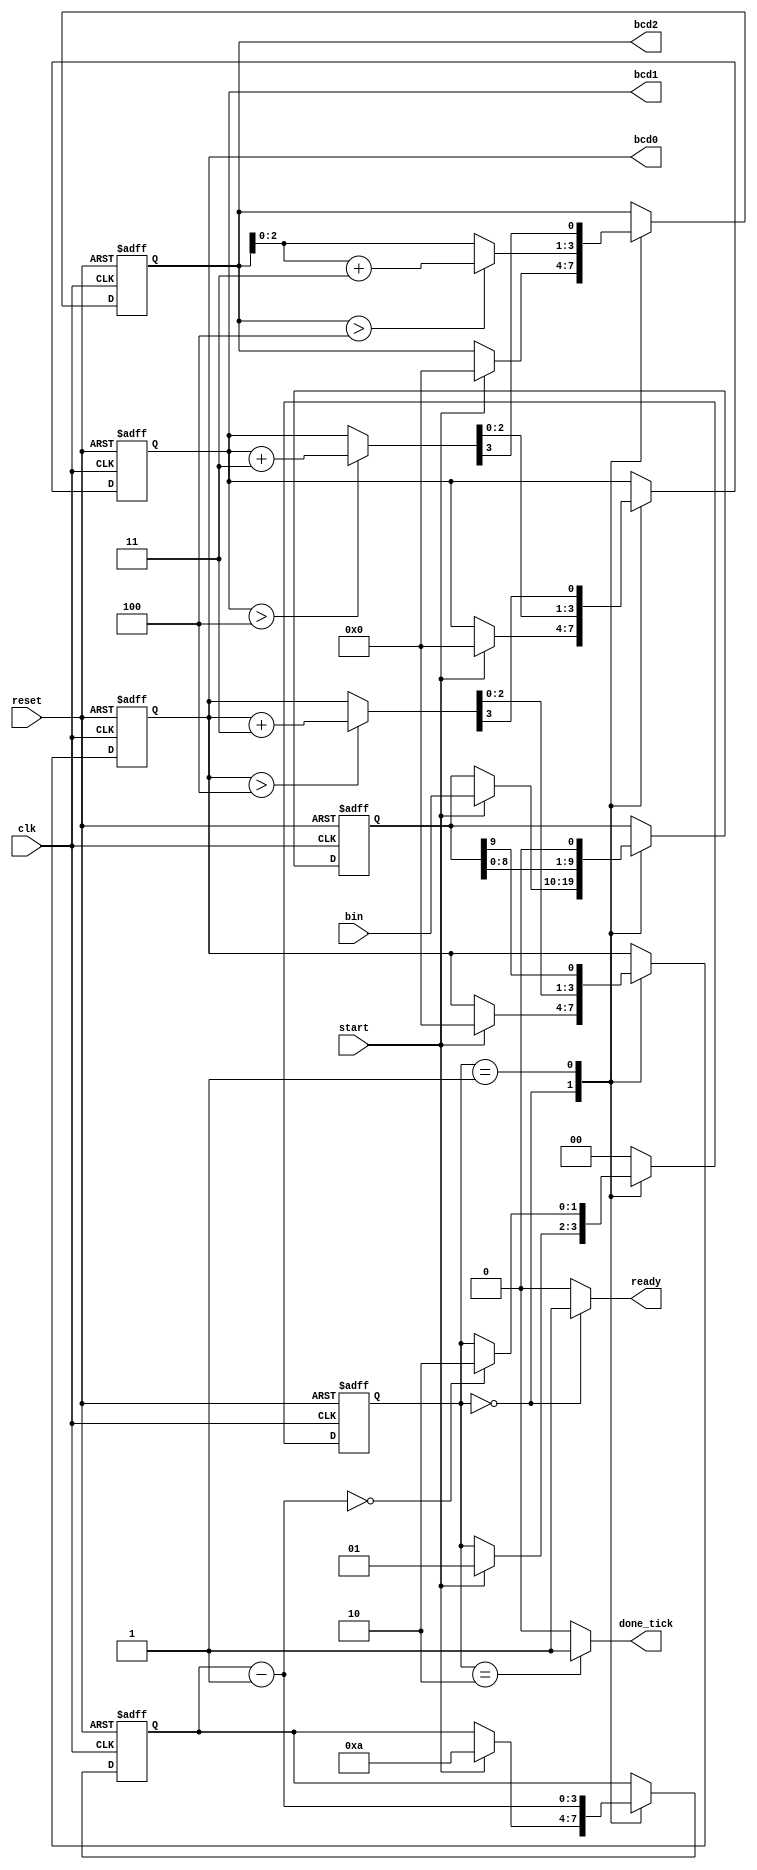
// Created by Jeevaka Dassanayake on 5/11/18.
//   Copyright (c) 2018 Jeevaka Dassanayake.

// Listing 6.6
module Bin2Bcd
   (
    input wire clk, reset,
    input wire start,
    input wire [9:0] bin,
    output reg ready, done_tick,
    output wire [3:0] bcd2, bcd1, bcd0
   );

   // symbolic state declaration
   localparam [1:0]
      idle = 2'b00,
      op   = 2'b01,
      done = 2'b10;

   // signal declaration
   reg [1:0] state_reg, state_next;
   reg [9:0] p2s_reg, p2s_next;
   reg [3:0] n_reg, n_next;
   reg [3:0] bcd2_reg, bcd1_reg, bcd0_reg;
   reg [3:0] bcd2_next, bcd1_next, bcd0_next;
   wire [3:0] bcd1_tmp, bcd0_tmp;
	wire [2:0] bcd2_tmp;


   // body
   // FSMD state & data registers
   always @(posedge clk, posedge reset)
      if (reset)
         begin
            state_reg <= idle;
            p2s_reg <= 0;
            n_reg <= 0;
            bcd2_reg <= 0;
            bcd1_reg <= 0;
            bcd0_reg <= 0;
         end
      else
         begin
            state_reg <= state_next;
            p2s_reg <= p2s_next;
            n_reg <= n_next;
            bcd2_reg <= bcd2_next;
            bcd1_reg <= bcd1_next;
            bcd0_reg <= bcd0_next;
         end


   // FSMD next-state logic
   always @*
   begin
      state_next = state_reg;
      ready = 1'b0;
      done_tick = 1'b0;
      p2s_next = p2s_reg;
      bcd0_next = bcd0_reg;
      bcd1_next = bcd1_reg;
      bcd2_next = bcd2_reg;
      n_next = n_reg;
      case (state_reg)
         idle:
            begin
               ready = 1'b1;
               if (start)
                  begin
                     state_next = op;
                     bcd2_next = 0;
                     bcd1_next = 0;
                     bcd0_next = 0;
                     n_next = 4'b1010; // index
                     p2s_next = bin;   // shift register
                     state_next = op;
                  end
            end
         op:
            begin
               // shift in binary bit
               p2s_next = p2s_reg << 1;
               // shift 4 BCD digits
               //{bcd3_next, bcd2_next, bcd1_next, bcd0_next}=
               //{bcd3_tmp[2:0], bcd2_tmp, bcd1_tmp, bcd0_tmp,
               // p2s_reg[12]}

               bcd0_next = {bcd0_tmp[2:0], p2s_reg[9]};
               bcd1_next = {bcd1_tmp[2:0], bcd0_tmp[3]};
               bcd2_next = {bcd2_tmp[2:0], bcd1_tmp[3]};
               n_next = n_reg - 1;
               if (n_next==0)
                   state_next = done;
            end
         done:
            begin
               done_tick = 1'b1;
               state_next = idle;		
            end
         default: state_next = idle;
      endcase
   end

   // data path function units
   assign bcd0_tmp = (bcd0_reg > 4) ? bcd0_reg+3 : bcd0_reg;
   assign bcd1_tmp = (bcd1_reg > 4) ? bcd1_reg+3 : bcd1_reg;
   assign bcd2_tmp = (bcd2_reg > 4) ? (bcd2_reg+3) : bcd2_reg;

   // output
   assign bcd0 = bcd0_reg;
   assign bcd1 = bcd1_reg;
   assign bcd2 = bcd2_reg;

endmodule